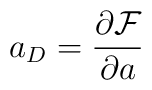
a_D=\frac{\partial \mathcal{F}}{\partial a}